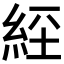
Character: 𦀇